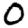
Digit: 0